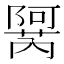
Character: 𬯜